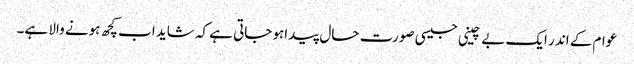
عوام کے اندر ایک بے چینی جیسی صورت حال پیداہو جاتی ہے کہ شاید اب کچھ ہونے والا ہے۔